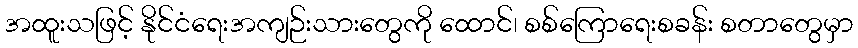
အထူးသဖြင့် နိုင်ငံရေးအကျဉ်းသားတွေကို ထောင်၊ စစ်ကြောရေးစခန်း စတာတွေမှာ